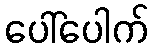
ပေါ်ပေါက်